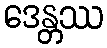
ဒေန္တဿ